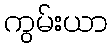
ကွမ်းယာ